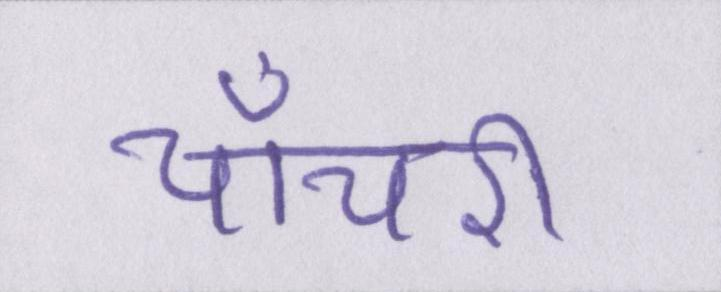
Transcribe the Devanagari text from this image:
चाँचरी